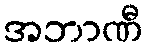
အဘာဏီ